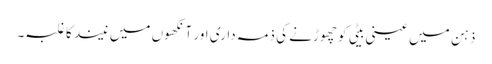
ذہن میں عینی بیٹی کو چھوڑنے کی ذمہ داری اور آنکھوں میں نیند کا غلبہ۔